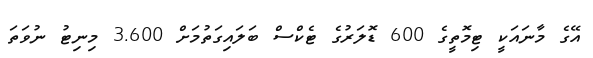
އޭގެ މާނައަކީ ޓިމޮތީގެ 600 ޑޮލަރުގެ ޓެކްސް ބަލައިގަތުމަށް 3.600 މިނިޓު ނުވަތަ